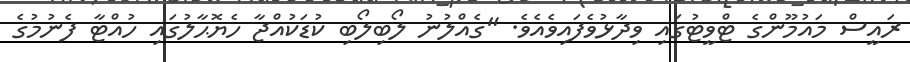
ރައީސް މައުމޫންގެ ޓްވީޓުގައި ވިދާޅުވެފައިވެއެވެ. "ގެއްލުނު ލޯބިލޯބި ކުޑަކުއްޖާ ހެޔޮޙާލުގައި ހުއްޓާ ފެނުމުގެ